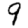
Digit: 9